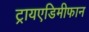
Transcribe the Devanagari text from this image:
ट्रायएडिमीफान